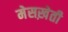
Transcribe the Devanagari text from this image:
मेसख़ेती